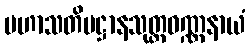
မဟာသတိပဋ္ဌာနသုတ္တဝဏ္ဏနာယံ